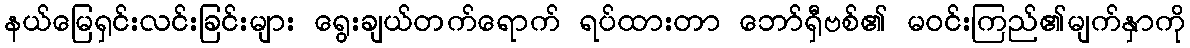
နယ်မြေရှင်းလင်းခြင်းများ ရွေးချယ်တက်ရောက် ရပ်ထားတာ ဘော်ရှီဗစ်၏ မဝင်းကြည်၏မျက်နှာကို